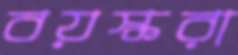
বয়স্করা